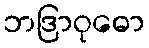
ဘဒြာဝုဓော